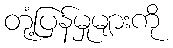
တုံ့ပြန်မှုများကို